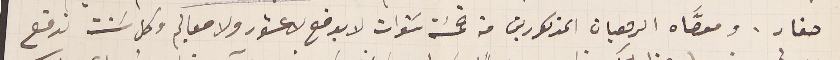
صغار. ومعصَّاه الرهبان المذكورين من خمسَة سنوات لا يدفع لا عشور ولا معاليم وكل سَنت ندفع